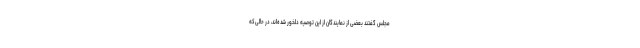
مجلس گفتند بعضی از نمایندگان از این توصیه دلخور شده‌اند، در حالی‌که